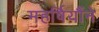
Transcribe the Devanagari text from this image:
महर्षियौंने